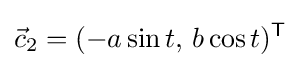
{\vec {c}}_{2}=(-a\sin t,\,b\cos t)^{\mathsf {T}}